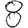
Digit: 8